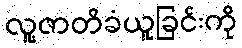
လူ့ဇာတိခံယူခြင်းကို